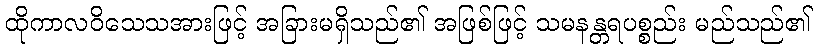
ထိုကာလဝိသေသအားဖြင့် အခြားမရှိသည်၏ အဖြစ်ဖြင့် သမနန္တရပစ္စည်း မည်သည်၏